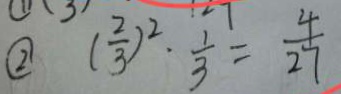
\textcircled { 2 } ( \frac { 2 } { 3 } ) ^ { 2 } \cdot \frac { 1 } { 3 } = \frac { 4 } { 2 7 }